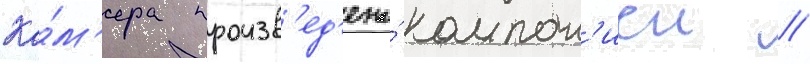
Ка́м'ера произв'ед'ена́ компан'иеи //